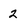
Character: 2